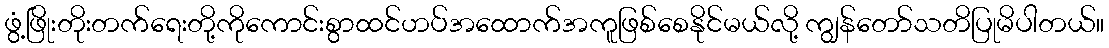
ဖွံ့ဖြိုးတိုးတက်ရေးတို့ကိုကောင်းစွာထင်ဟပ်အထောက်အကူဖြစ်စေနိုင်မယ်လို့ ကျွန်တော်သတိပြုမိပါတယ်။